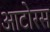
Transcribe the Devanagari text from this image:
आटोरस